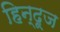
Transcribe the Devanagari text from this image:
हिन्दूज